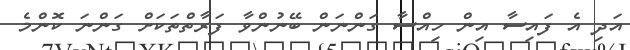
އަދި އެ ފައިސާ އިން ހިއްސާ ގަންނަން ބޭނުންވާ ފަރާތްތަކަށް ގަންނަ ކޮންމެ